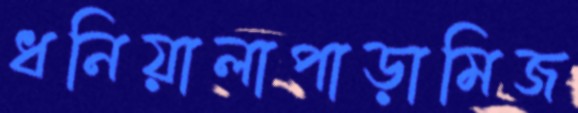
ধনিয়ালাপাড়ামিজ